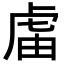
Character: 𧆭